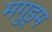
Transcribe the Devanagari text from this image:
मगुड्म